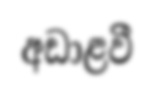
අඩාළවී